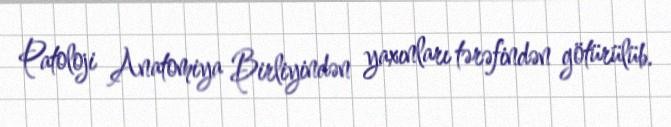
Patoloji Anatomiya Birliyindən yaxınları tərəfindən götürülüb.